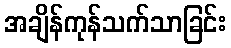
အချိန်ကုန်သက်သာခြင်း